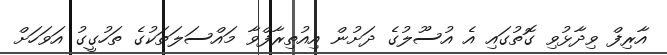
އާރިފް ވިދާޅުވި ގޮތުގައި އެ އުސޫލުގެ ދަށުން އިއުތިރާފްވާ މައްސަލަތަކުގެ ތަހުގީގު އަވަހަށް